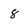
Character: 8